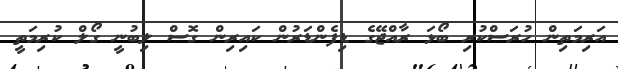
އަރިމަތިން ހުރަސްކުރި ބޯޅަ ރާއްޖޭގެ ޑިފެންޑަރުން ކައިރިން ގޮސް ލިބުނީ ގޯލް ކުރިމަތީ